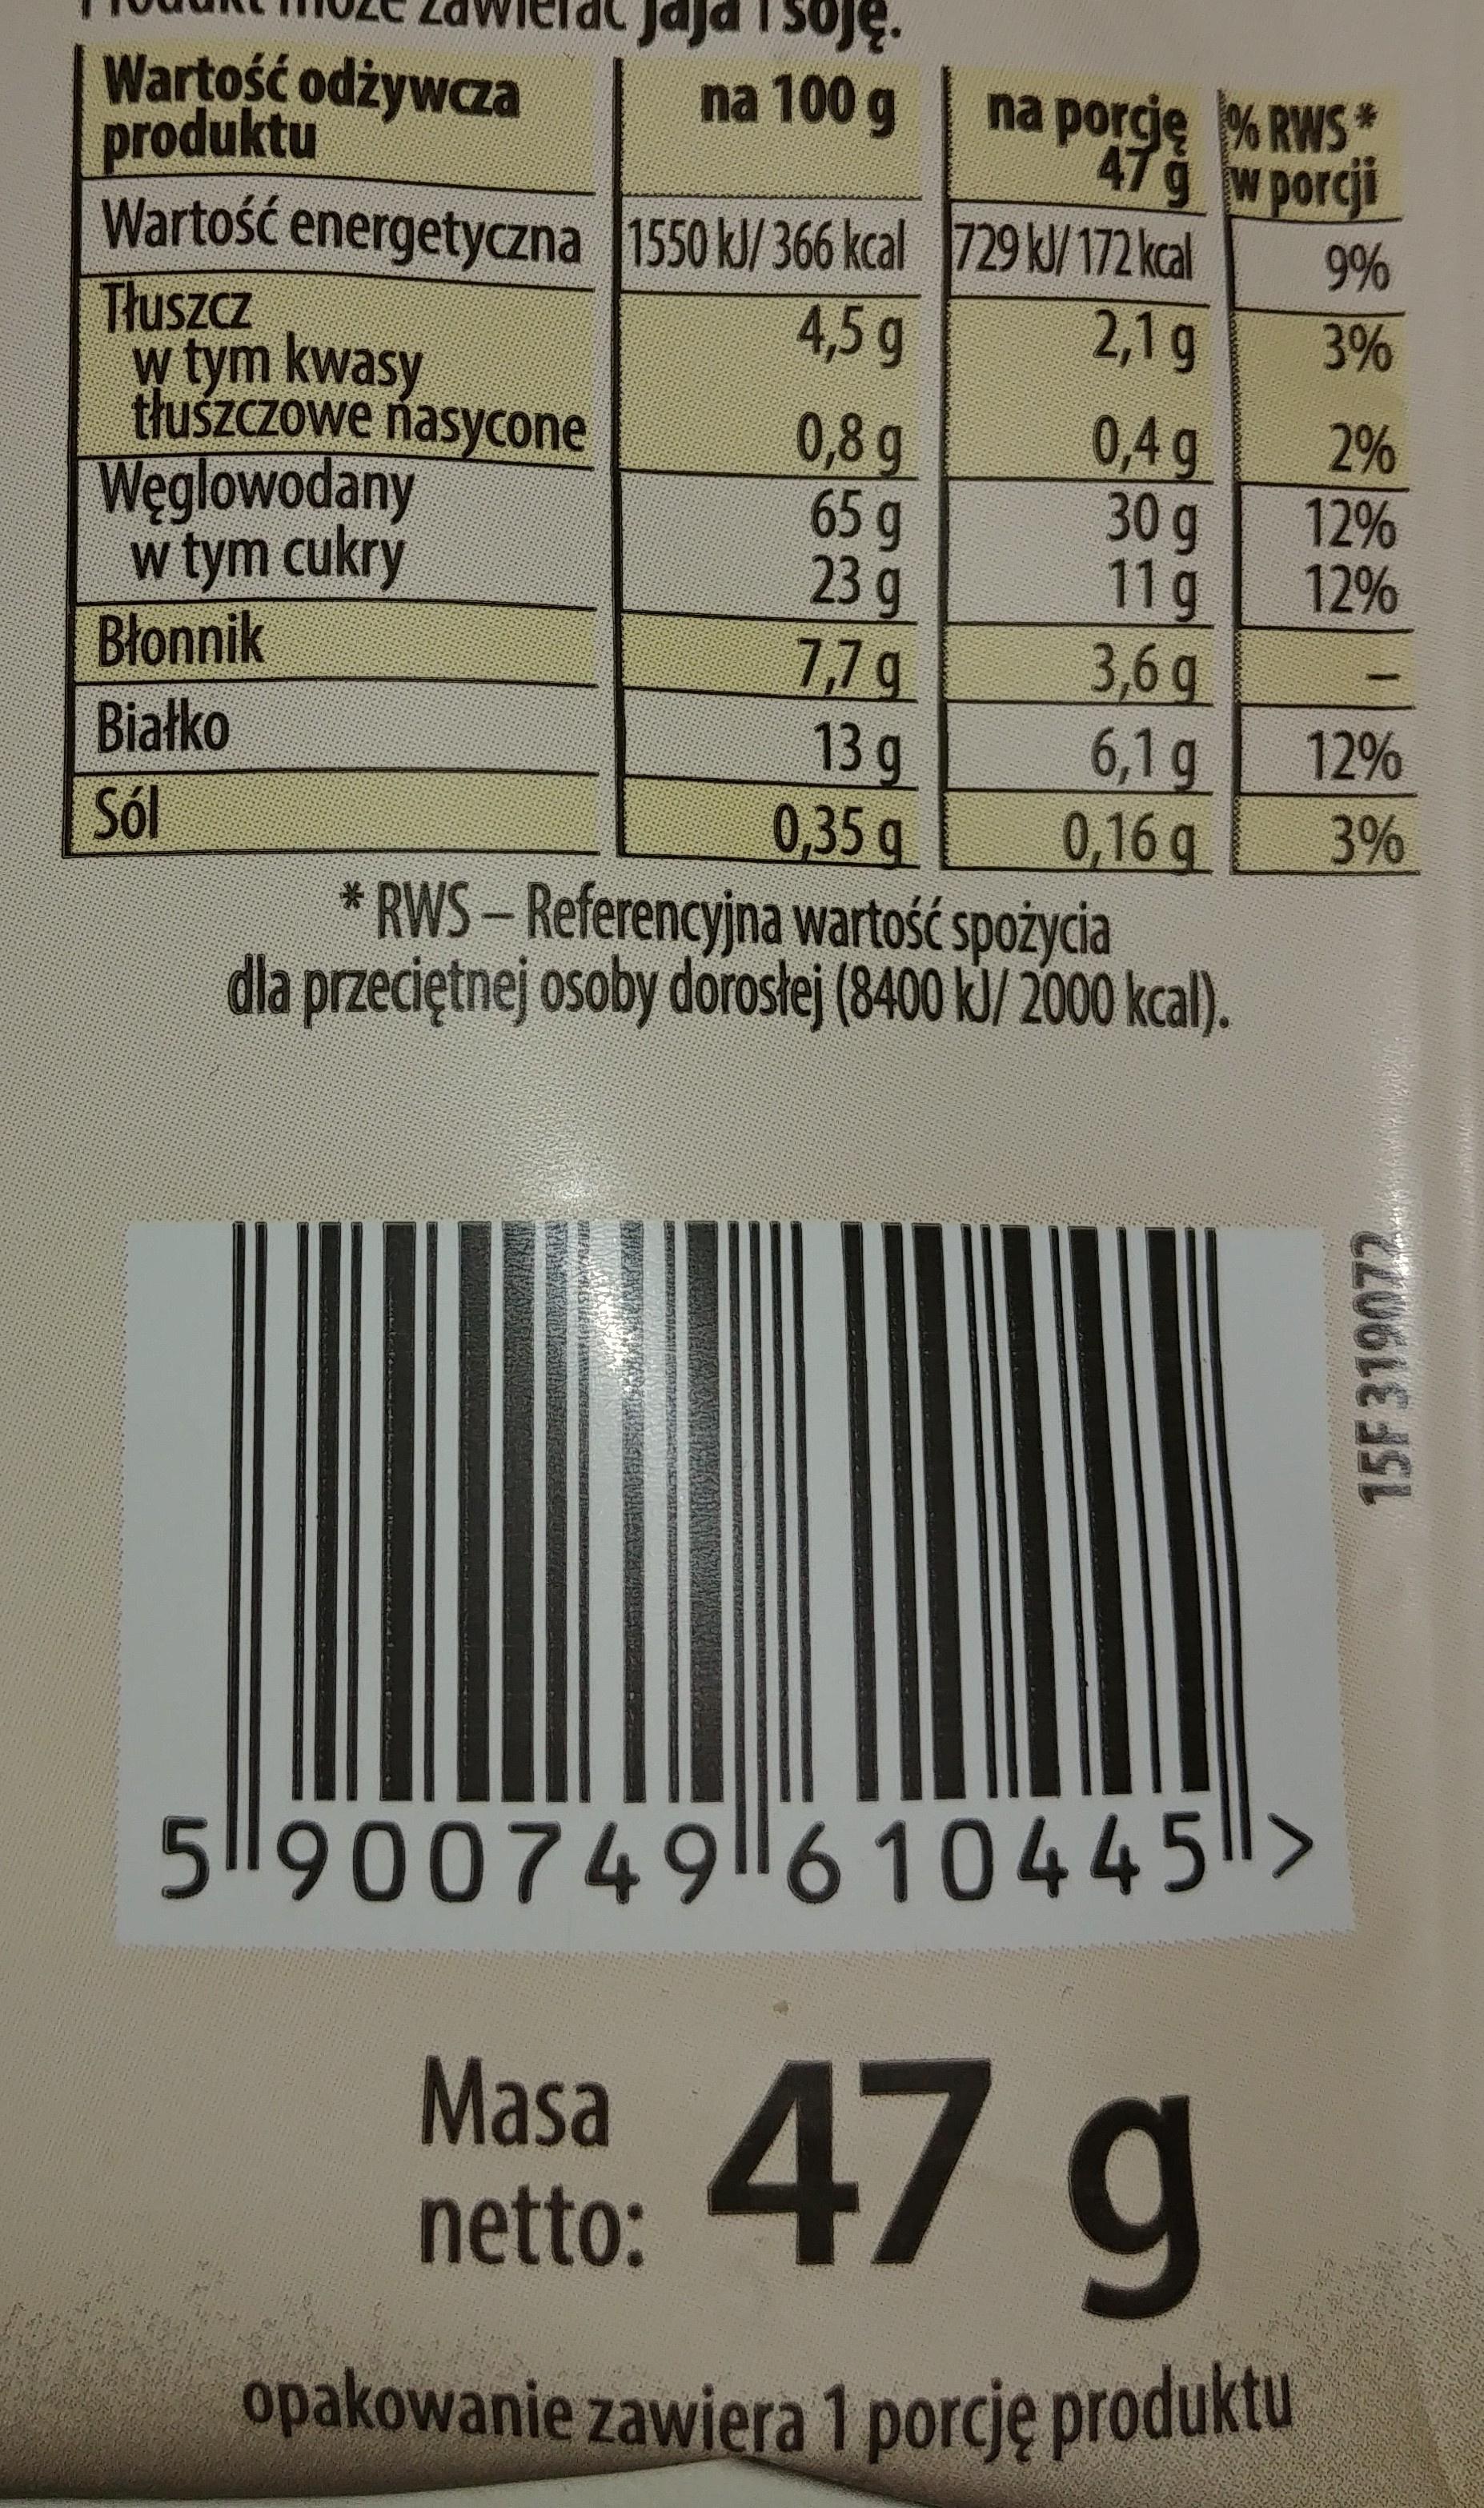
aja Tsoje. na 100 g 15F319072 Wartość odżywcza Wartość energetyczna 1550 k/366 kcal729 k/172 kcal w tym kwasy na porcję %RWS produktu Tluszcz Weglowodany Blonnik Sól 47g w porcji 9% 3% 2% 12% 12% 4,5 g 2,1 g tuszczowe nasycone w tym cukry Białko 0,4g 30 g 11g 3,6g 6,1 g 0,16 q 0,8g 65 g 23 g 7,7 g 13 g 0,35 g 12% 3% *RWS-Referencyjna wartość spożycia dla przeciętnej osoby doroslej (8400 k/ 2000 kcal). 5 900749 6 10445> Masa netto: opakowanie zawiera 1 porcję produktu